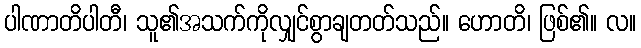
ပါဏာတိပါတီ၊ သူ၏အသက်ကိုလျှင်စွာချတတ်သည်။ ဟောတိ၊ ဖြစ်၏။ လ။